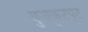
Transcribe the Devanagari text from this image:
कुक्कुटपुट